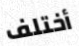
أختلف